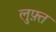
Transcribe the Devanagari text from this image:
लुफ़्त